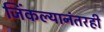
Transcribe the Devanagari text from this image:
जिंकल्यानंतरही